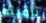
ترقيته